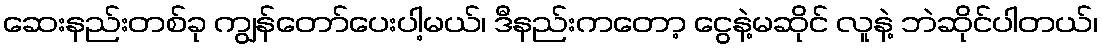
ဆေးနည်းတစ်ခု ကျွန်တော်ပေးပါ့မယ်၊ ဒီနည်းကတော့ ငွေနဲ့မဆိုင် လူနဲ့ ဘဲဆိုင်ပါတယ်၊